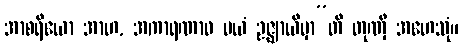
အာစရိယော အာဟ, အကာရဏာဝ မယံ ဥဇ္ဈာယိမှာ”တိ တုဏှီ အဟေသုံ။